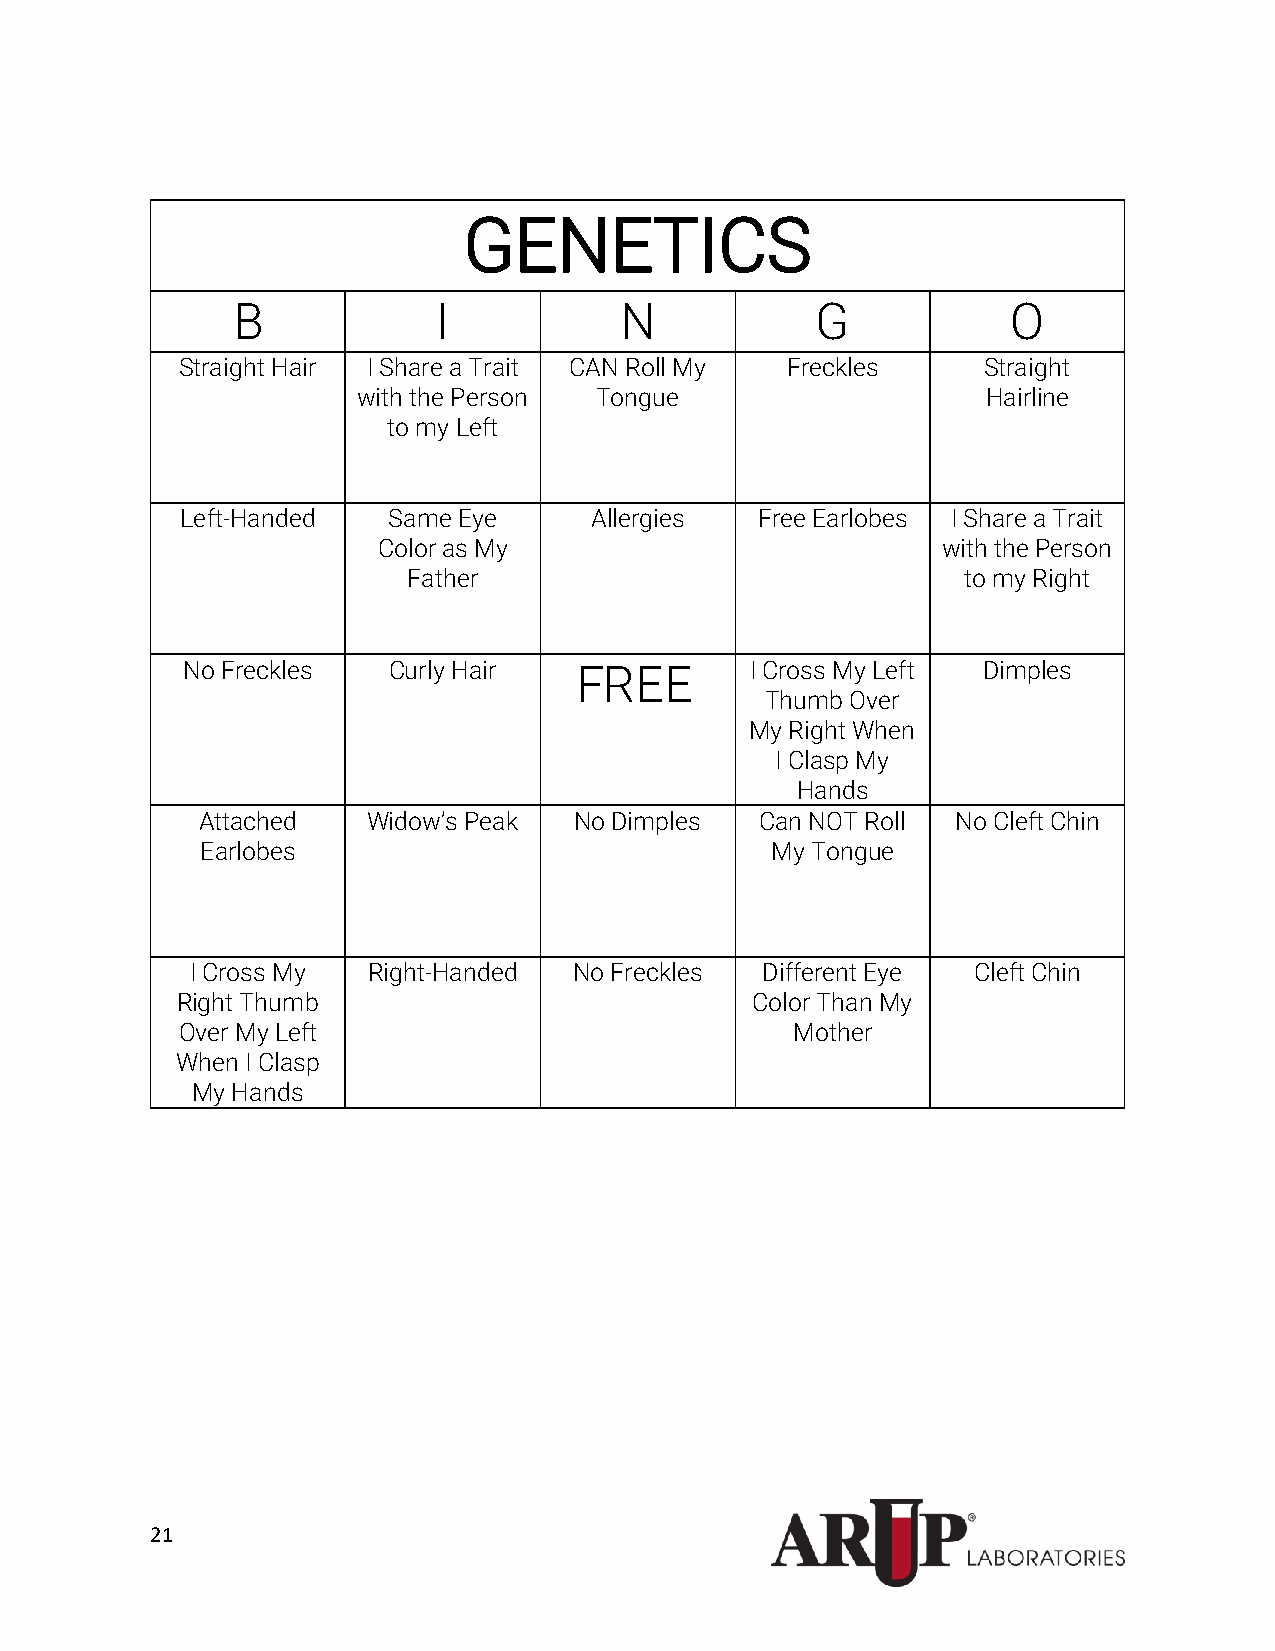
GENETICS
 B             I           N            G            O
 Straight Hair I Share a Trait CAN Roll My Freckles   Straight
 with the Person Tongue                   Hairline
 to my Left
 Left-Handed   Same Eye     Allergies  Free Earlobes I Share a Trait
 Color as My                          with the Person
 Father                               to my Right
 No Freckles   Curly Hair  FREE        I Cross My Left Dimples
 Thumb Over
 My Right When
 I Clasp My
 Hands
 Attached   Widow’s Peak  No Dimples  Can NOT Roll No Cleft Chin
 Earlobes                              My Tongue
 I Cross My Right-Handed  No Freckles Different Eye Cleft Chin
 Right Thumb                           Color Than My
 Over My Left                             Mother
 When I Clasp
 My Hands
 21